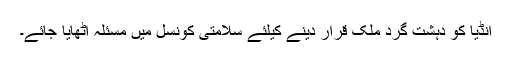
انڈیا کو دہشت گرد ملک قرار دینے کیلئے سلامتی کونسل میں مسئلہ اٹھایا جائے۔